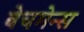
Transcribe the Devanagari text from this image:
बेचमेन्स